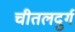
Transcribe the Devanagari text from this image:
चीतलदुर्ग